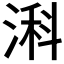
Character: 𬈎